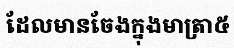
ដែលមានចែងក្នុងមាត្រា៥